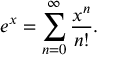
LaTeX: e ^ { x } = \sum _ { n = 0 } ^ { \infty } { \frac { x ^ { n } } { n ! } } .